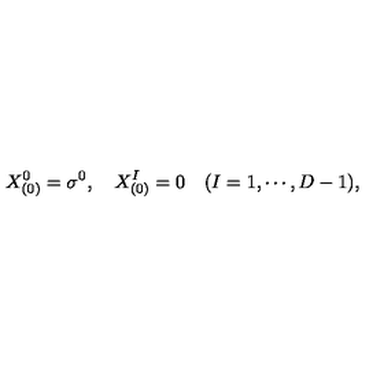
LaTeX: X _ { ( 0 ) } ^ { 0 } = \sigma ^ { 0 } , \quad X _ { ( 0 ) } ^ { I } = 0 \quad ( I = 1 , \cdots , D - 1 ) ,